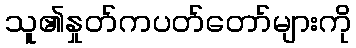
သူ၏နှုတ်ကပတ်တော်များကို